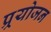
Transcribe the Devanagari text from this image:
प्र्रयोजन